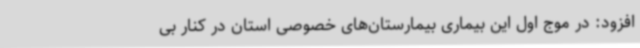
افزود: در موج اول این بیماری بیمارستان‌های خصوصی استان در کنار بی